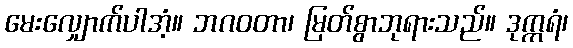
မေးလျှောက်ပါအံ့။ ဘဂဝတာ၊ မြတ်စွာဘုရားသည်။ ဒုက္ကရံ၊